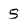
Character: 5